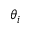
\theta _ { i }